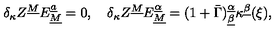
\delta _ { \kappa } Z ^ { \underline { M } } E _ { \underline { M } } ^ { \underline { a } } = 0 , \quad \delta _ { \kappa } Z ^ { \underline { M } } E _ { \underline { M } } ^ { \underline { \alpha } } = ( 1 + \bar { \Gamma } ) _ { \underline { \beta } } ^ { \underline { \alpha } } \kappa ^ { \underline { \beta } } ( \xi ) ,